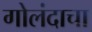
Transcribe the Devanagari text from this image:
गोलंदाचा